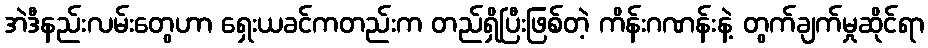
အဲဒီနည်းလမ်းတွေဟာ ရှေးယခင်ကတည်းက တည်ရှိပြီးဖြစ်တဲ့ ကိန်းဂဏန်းနဲ့ တွက်ချက်မှုဆိုင်ရာ